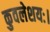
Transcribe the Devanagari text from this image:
कुवलेशयः।